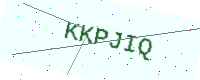
Text: KKPJIQ